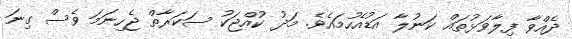
ދެއްވާ ފިލާވަޅުތައް ކަނުލާ އަޑުއެހުމައެވެ. މަދު ކުއްޖަކު ސަކަރާތް ޖެހިނަމަ ވެސް ގިނަ